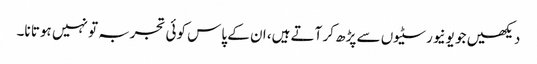
دیکھیں جو یونیورسٹیوں سے پڑھ کر آتے ہیں، ان کے پاس کوئی تجربہ تو نہیں ہوتا نا۔